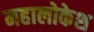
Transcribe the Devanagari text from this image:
महालोकेश